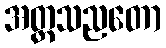
အတ္တသညတော